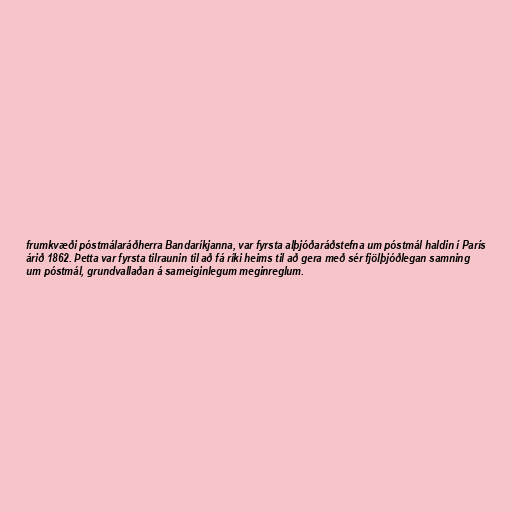
frumkvæði póstmálaráðherra Bandaríkjanna, var fyrsta alþjóðaráðstefna um póstmál haldin í París
árið 1862. Þetta var fyrsta tilraunin til að fá ríki heims til að gera með sér fjölþjóðlegan samning
um póstmál, grundvallaðan á sameiginlegum meginreglum.